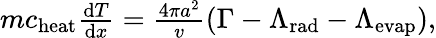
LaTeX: \begin{array}{r}{mc_{\mathrm{heat}}\frac{\mathrm{d}T}{\mathrm{d}x}=\frac{4\pi a^{2}}{v}(\Gamma-\Lambda_{\mathrm{rad}}-\Lambda_{\mathrm{evap}}),}\end{array}